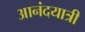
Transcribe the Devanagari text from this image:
आनंदयात्री